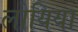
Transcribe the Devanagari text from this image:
लोयिया